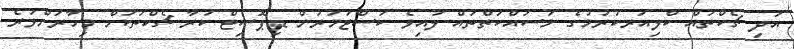
އަދި ޗެކްތައް ކްލިއަރކުރުމުގެ މަސައްކަތްތައް ލުއިވެ ކަސްޓަމަރުން ޑިޕޮސިޓް ކުރާ ޗެކްތަކަށް މިހާރަށްވުރެ